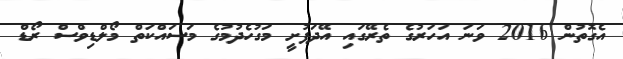
އެގޮތުން 2016 ވަނަ އަހަރުގެ ތެރޭގައި އޭދަފުށީ މަގުހެދުމުގެ މަސައްކަތް މޯލްޑިވްސް ރޯޑް